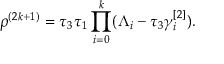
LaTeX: \rho ^ { ( 2 k + 1 ) } = \tau _ { 3 } \tau _ { 1 } \prod _ { i = 0 } ^ { k } ( \Lambda _ { i } - \tau _ { 3 } \gamma _ { i } ^ { [ 2 ] } ) .